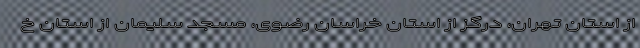
از استان تهران، درگز از استان خراسان رضوی، مسجد سلیمان از استان خ